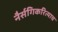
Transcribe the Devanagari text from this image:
नैर्सगिकरित्याच